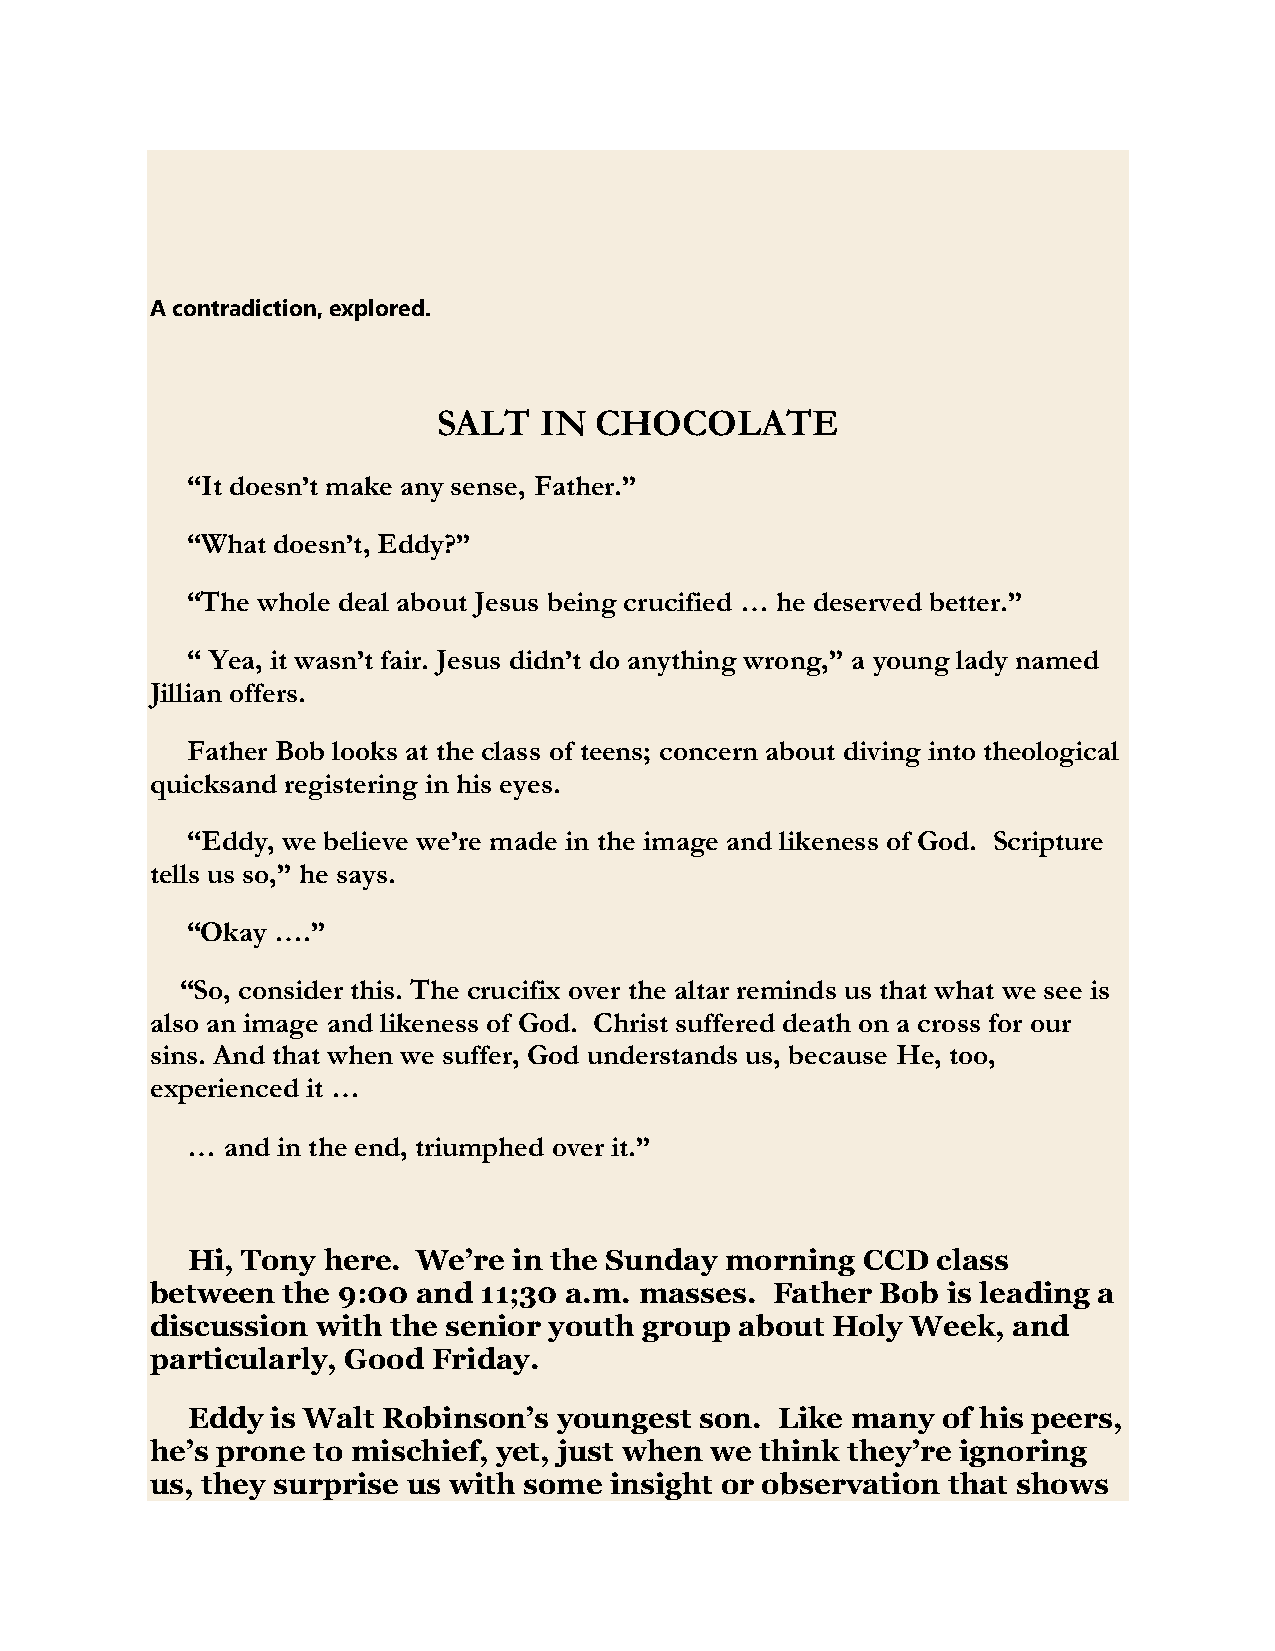
A contradiction, explored.
 SALT   IN CHOCOLATE
 “It doesn’t make any sense, Father.”
 “What doesn’t, Eddy?”
 “The whole deal about Jesus being crucified … he deserved better.”
 “ Yea, it wasn’t fair. Jesus didn’t do anything wrong,” a young lady named
 Jillian offers.
 Father Bob looks at the class of teens; concern about diving into theological
 quicksand registering in his eyes.
 “Eddy, we believe we’re made in the image and likeness of God. Scripture
 tells us so,” he says.
 “Okay ….”
 “So, consider this. The crucifix over the altar reminds us that what we see is
 also an image and likeness of God. Christ suffered death on a cross for our
 sins. And that when we suffer, God understands us, because He, too,
 experienced it …
 …  and in the end, triumphed over it.”
 Hi, Tony here.  We’re in the Sunday morning  CCD  class
 between  the 9:00 and 11;30 a.m. masses. Father Bob  is leading a
 discussion with the senior youth group about Holy Week,  and
 particularly, Good Friday.
 Eddy  is Walt Robinson’s youngest son. Like many  of his peers,
 he’s prone to mischief, yet, just when we think they’re ignoring
 us, they surprise us with some insight or observation that shows